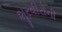
શૂરવીરોની